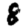
Digit: 8